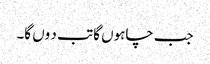
جب چاہوں گا تب د وں گا۔